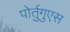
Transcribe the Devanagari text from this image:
पोर्तुगुएस